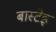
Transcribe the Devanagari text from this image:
बास्टेइ